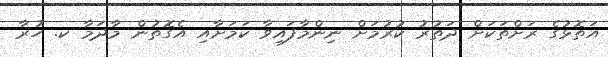
އަތޮޅުގެ ރަށްތަކަށް ދަތުރު ކުރުމަށް ނިންމާފައިވާ ކަމަށާއި އެގޮތުން މާދަމާ ކ. ހުރާ